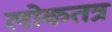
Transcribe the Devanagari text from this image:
लोकतत्र